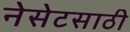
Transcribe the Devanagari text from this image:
नेसेटसाठी